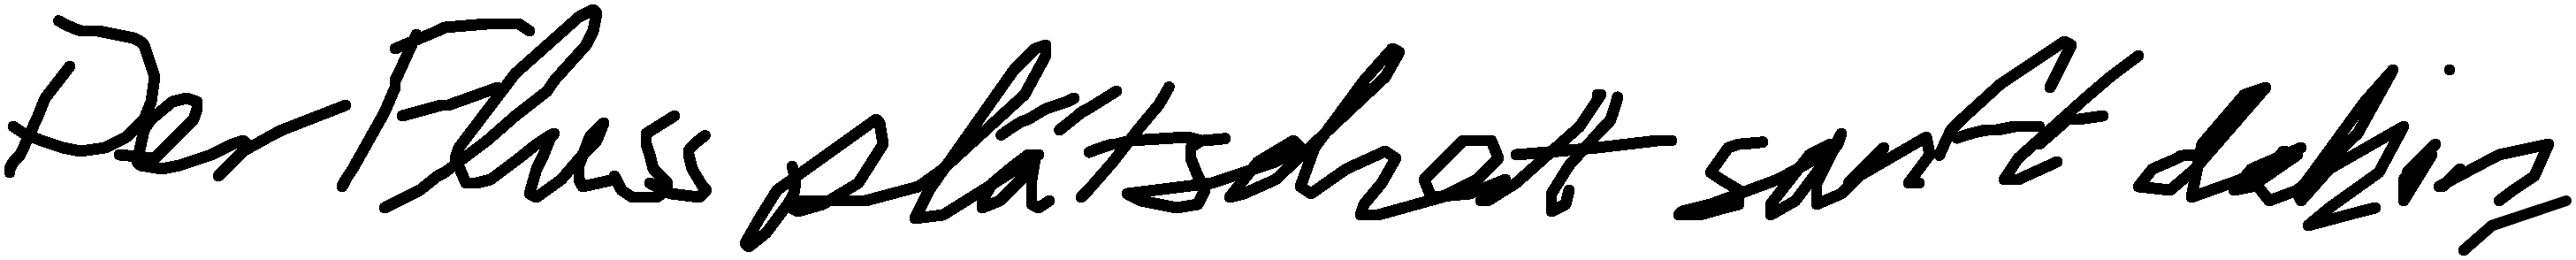
Der Fluss plätschert sanft dahin.